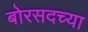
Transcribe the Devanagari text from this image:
बोरसदच्या